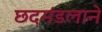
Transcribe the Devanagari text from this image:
छदमंडलाने